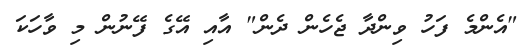
"އެންމެ ފަހު ވިންދާ ޖެހެން ދެން" އާއި އޭގެ ފޭނުން މި ވާހަކަ